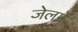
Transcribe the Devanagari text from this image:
जेलमें